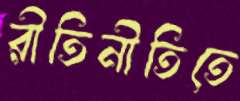
রীতিনীতিতে